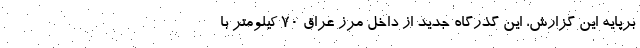
برپایه این گزارش، این گذرگاه جدید از داخل مرز عراق 70 کیلومتر با